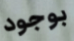
بوجود